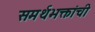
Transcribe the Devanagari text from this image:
समर्थभक्तांची